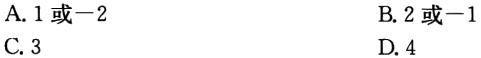
A. 1或−2
B. 2或−1
C. 3
D. 4